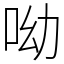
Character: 呦